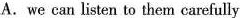
A.we can listen to them carefully